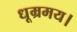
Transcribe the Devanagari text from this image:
धूम्रमय।